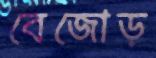
বেজোড়